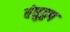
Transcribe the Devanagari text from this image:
बंधुद्वप